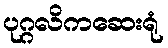
ပုဂ္ဂလိကဆေးရုံ